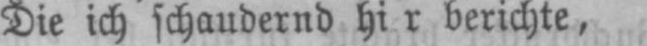
berichte,